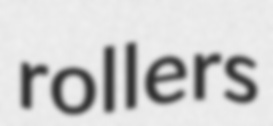
rollers